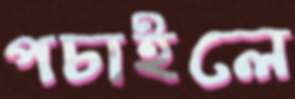
পচাইলে